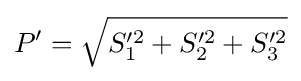
P'={\sqrt {S_{1}'^{2}+S_{2}'^{2}+S_{3}'^{2}}}